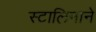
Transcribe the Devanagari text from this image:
स्टालिनाने